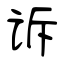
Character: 诉